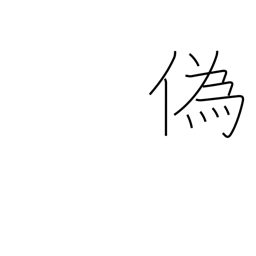
Meaning: lie